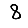
Digit: 8